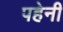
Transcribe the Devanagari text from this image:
पहेनी